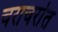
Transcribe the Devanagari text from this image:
चराचरांत